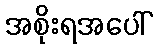
အစိုးရအပေါ်